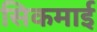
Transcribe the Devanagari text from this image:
सिकमाई